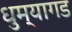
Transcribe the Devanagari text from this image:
धुम्यागड